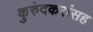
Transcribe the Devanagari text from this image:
कुरुंदकरांसह